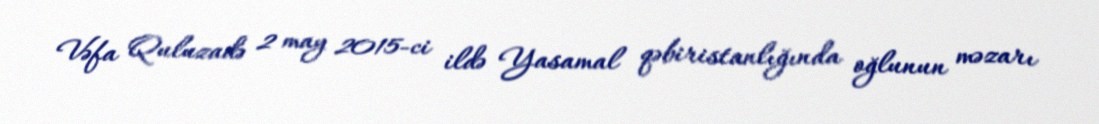
Vəfa Quluzadə 2 may 2015-ci ildə Yasamal qəbiristanlığında oğlunun məzarı